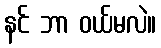
နင် ဘာ ဝယ်မလဲ။